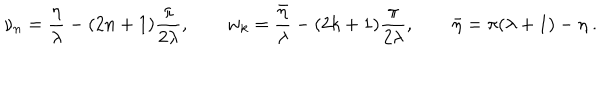
\nu _ { n } = \frac { \eta } { \lambda } - ( 2 n + 1 ) \frac { \pi } { 2 \lambda } , \qquad w _ { k } = \frac { \bar { \eta } } { \lambda } - ( 2 k + 1 ) \frac { \pi } { 2 \lambda } , \qquad \bar { \eta } = \pi ( \lambda + 1 ) - \eta \ .